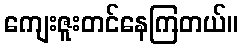
ကျေးဇူးတင်နေကြတယ်။